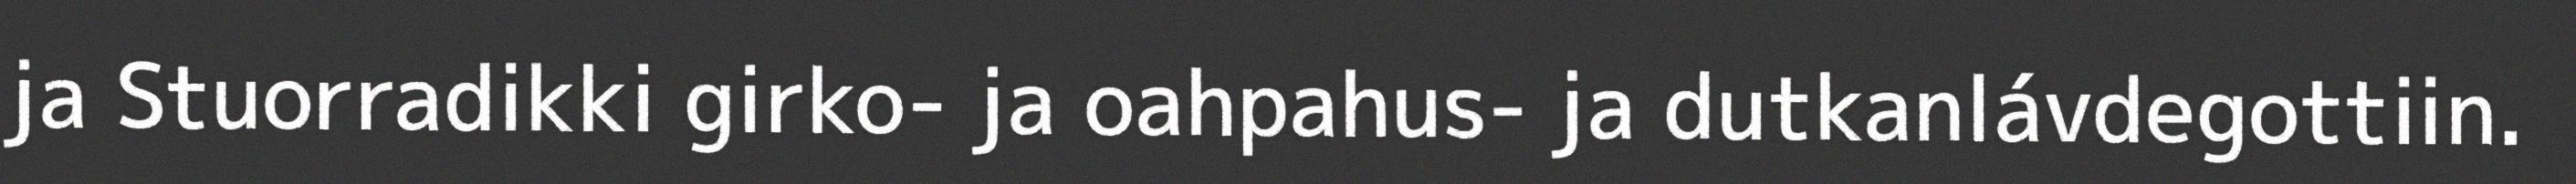
ja Stuorradikki girko- ja oahpahus- ja dutkanlávdegottiin.